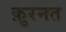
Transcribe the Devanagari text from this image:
क़ुरनत